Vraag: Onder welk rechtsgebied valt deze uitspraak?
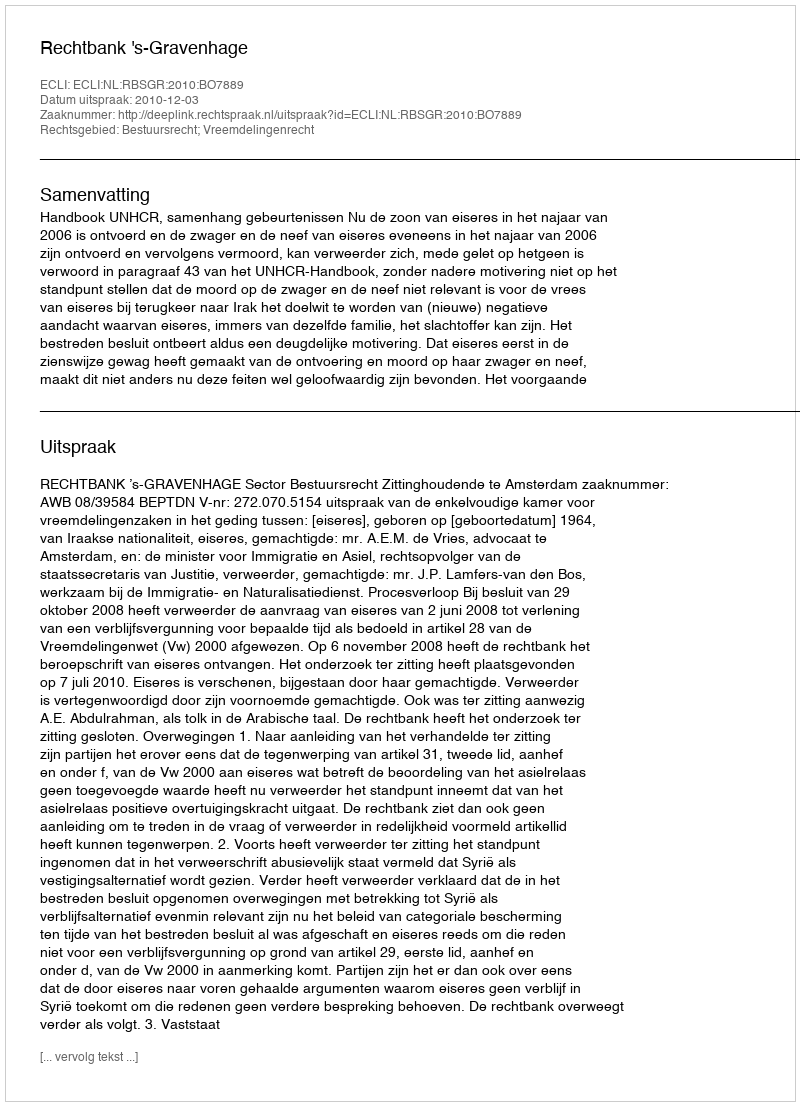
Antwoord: Bestuursrecht; Vreemdelingenrecht